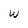
Character: w